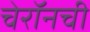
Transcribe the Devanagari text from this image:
चेरॉनची